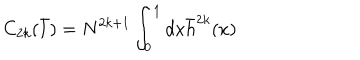
C _ { 2 k } ( { \bar { l } } ) = N ^ { 2 k + 1 } \int _ { 0 } ^ { 1 } d x { \bar { h } } ^ { 2 k } ( x )